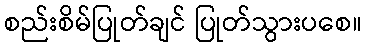
စည်းစိမ်ပြုတ်ချင် ပြုတ်သွားပစေ။